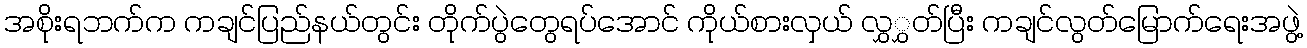
အစိုးရဘက်က ကချင်ပြည်နယ်တွင်း တိုက်ပွဲတွေရပ်အောင် ကိုယ်စားလှယ် လွှွှတ်ပြီး ကချင်လွတ်မြောက်ရေးအဖွဲ့